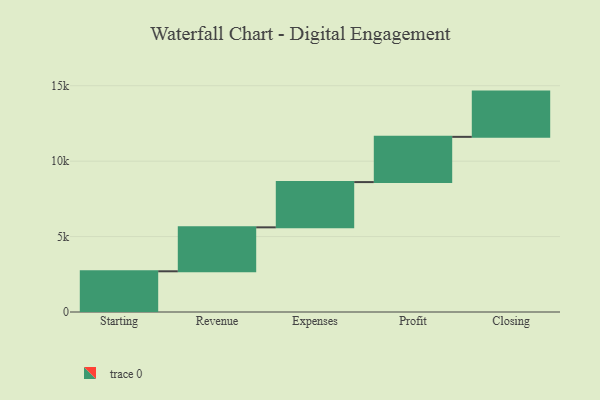
{"axis": {"x": "Step", "y": "Value"}, "legend": [""], "data": [{"x": "Starting", "y": 2699.0, "type": ""}, {"x": "Revenue", "y": 2914.0, "type": ""}, {"x": "Expenses", "y": 3000, "type": ""}, {"x": "Profit", "y": 3000, "type": ""}, {"x": "Closing", "y": 3000, "type": ""}]}